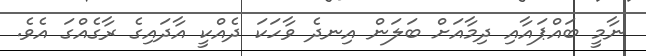
ނާމީ ބައްޕައާއި ދިމާއަށް ބަލަން އިނދެ ވާހަކަ ދެއްކީ އާދައިގެ ރާގެއްގަ އެވެ.